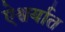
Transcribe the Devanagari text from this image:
ऐश्वर्यात